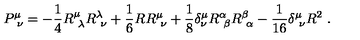
P _ { \ \nu } ^ { \mu } = - { \frac { 1 } { 4 } } R _ { \ \lambda } ^ { \mu } R _ { \ \nu } ^ { \lambda } + { \frac { 1 } { 6 } } R R _ { \ \nu } ^ { \mu } + { \frac { 1 } { 8 } } \delta _ { \nu } ^ { \mu } R _ { \ \beta } ^ { \alpha } R _ { \ \alpha } ^ { \beta } - { \frac { 1 } { 1 6 } } \delta _ { \ \nu } ^ { \mu } R ^ { 2 } \ .